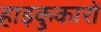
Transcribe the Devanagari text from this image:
हाइकुकारों